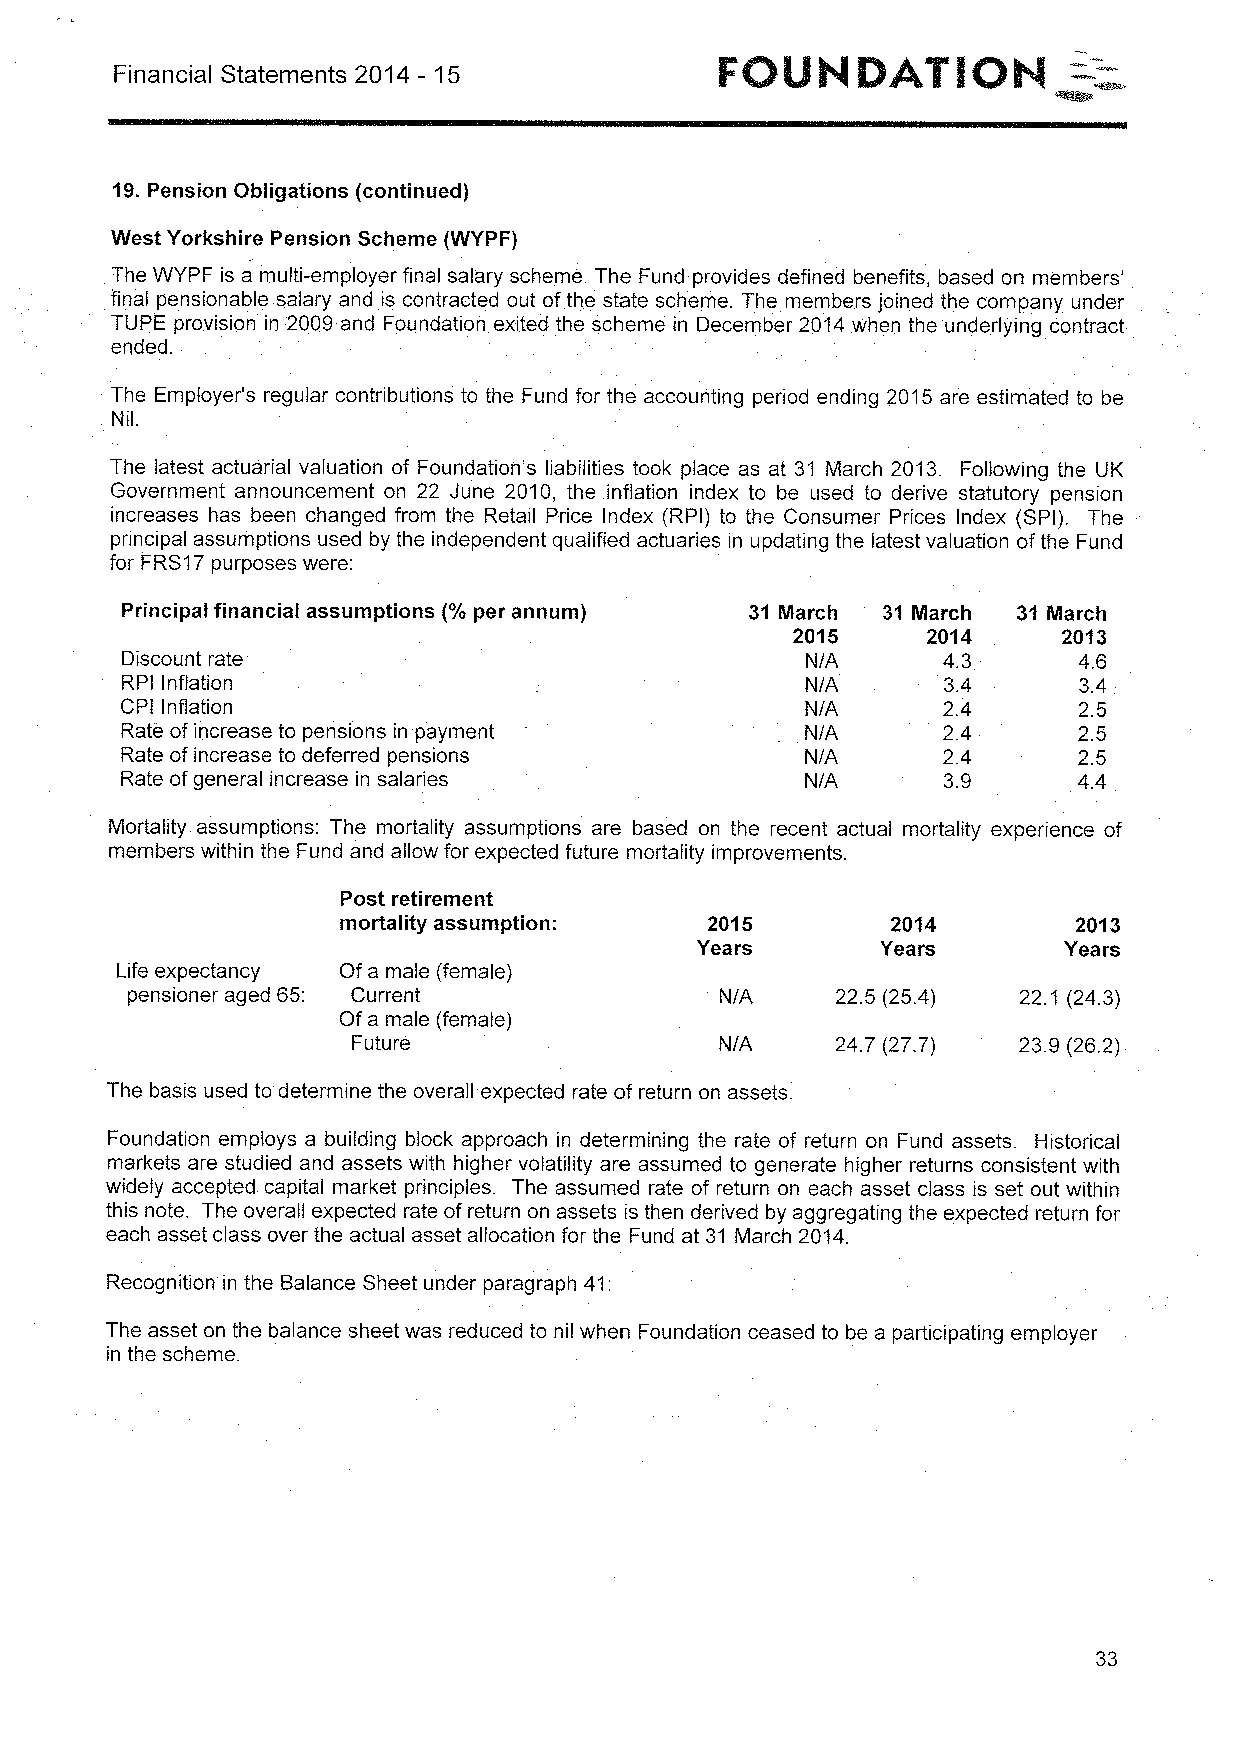
Financial Statements 2014 —15
 19.Pension Obligations (continued)
 West Yorkshire Pension Scheme (WYPF)
 The WYPF is a multi-employer final salary scheme. The Fund provides defined benefits, based on members'
 final pensionable salary and is contracted out ofthe state scheme. The members joined the company under
 TUPE provision in 2009 and Foundation exited the scheme in December 2014 when the underlying contract
 ended.
 The Employer's regular contributions to the Fund for the accounting period ending 2015 are estimated to be
 Nil.
 The latest actuarial valuation of Foundation's liabilities took place as at 31 March 2013. Following the UK
 Government announcement on 22 June 2010, the inflation index to be used to derive statutory pension
 increases has been changed from the Retail Price Index (RPI) to the Consumer Prices Index (SPI). The
 principal assumptions used by the independent qualified actuaries in updating the latest valuation ofthe Fund
 for FRS17purposes were:
 Principal financial assumptions (%per annum) 31 March 31 March 31 March
 2015     2014     2013
 Discount rate                                N/A      4.3      4.6
 RPI Inflation                                N/A      3.4      3.4
 C PI Inflation                               N/A      2.4      2.5
 Rate of increase to pensions in payment      N/A      2.4      2.5
 Rate of increase to deferred pensions        N/A      2.4      2.5
 Rate ofgeneral increase in salaries          N/A      3.9      44
 Mortality assumptions: The mortality assumptions are based on the recent actual mortality experience of
 members within the Fund and allow for expected future mortality improvements.
 Post retirement
 mortality assumption:   2015        2014        2013
 Years       Years       Years
 Life expectancy Of a male (female)
 pensioner aged 65: Current              N/A    22.5 (25.4) 22.1 (24.3)
 Of a male (female)
 Future                   N/A    24.7 (27.7) 23.9 (26.2).
 The basis used to determine the overall expected rate of return on assets.
 Foundation employs a building block approach in determining the rate of return on Fund assets. Historical
 markets are studied and assets with higher volatility are assumed to generate higher returns consistent with
 widely accepted capital market principles. The assumed rate of return on each asset class is set out within
 this note. The overall expected rate of return on assets is then derived by aggregating the expected return for
 each asset class over the actual asset allocation for the Fund at 31 March 2014.
 Recognition in the Balance Sheet under paragraph 41:
 The asset on the balance sheet was reduced to nil when Foundation ceased to be a participating employer
 in the scheme.
 33